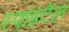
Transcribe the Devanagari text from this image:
स्पाइटेल